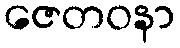
ဇေတဝနာ